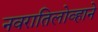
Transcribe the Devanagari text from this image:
नवरातिलोव्हाने